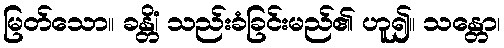
မြတ်သော။ ခန္တိံ၊ သည်းခံခြင်းမည်၏ ဟူ၍။ သန္တော၊